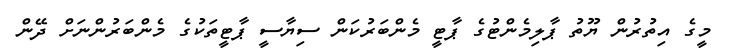
މީގެ އިތުރުން ޔޫތު ޕާލިމެންޓުގެ ޕާޓީ މެންބަރުކަން ސިޔާސީ ޕާޓީތަކުގެ މެންބަރުންނަށް ދޭން